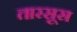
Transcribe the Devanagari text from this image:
तारसूस